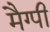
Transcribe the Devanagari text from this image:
मैग्पी